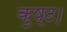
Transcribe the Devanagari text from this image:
कुष्ठ।